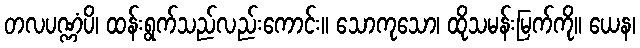
တလပဏ္ဏံပိ၊ ထန်းရွက်သည်လည်းကောင်း။ သောကုသော၊ ထိုသမန်းမြက်ကို။ ယေန၊